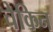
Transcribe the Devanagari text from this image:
चेकिन